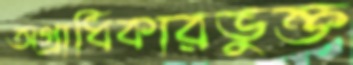
অগ্রাধিকারভুক্ত